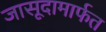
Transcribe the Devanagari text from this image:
जासूदामार्फत